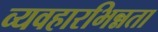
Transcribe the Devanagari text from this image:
व्यवहारभिन्नता